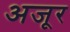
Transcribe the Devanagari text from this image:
अजूर